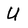
Character: U